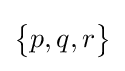
{\begin{Bmatrix}p,q,r\end{Bmatrix}}